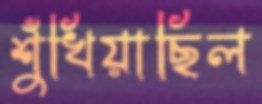
শুঁখিয়াছিল